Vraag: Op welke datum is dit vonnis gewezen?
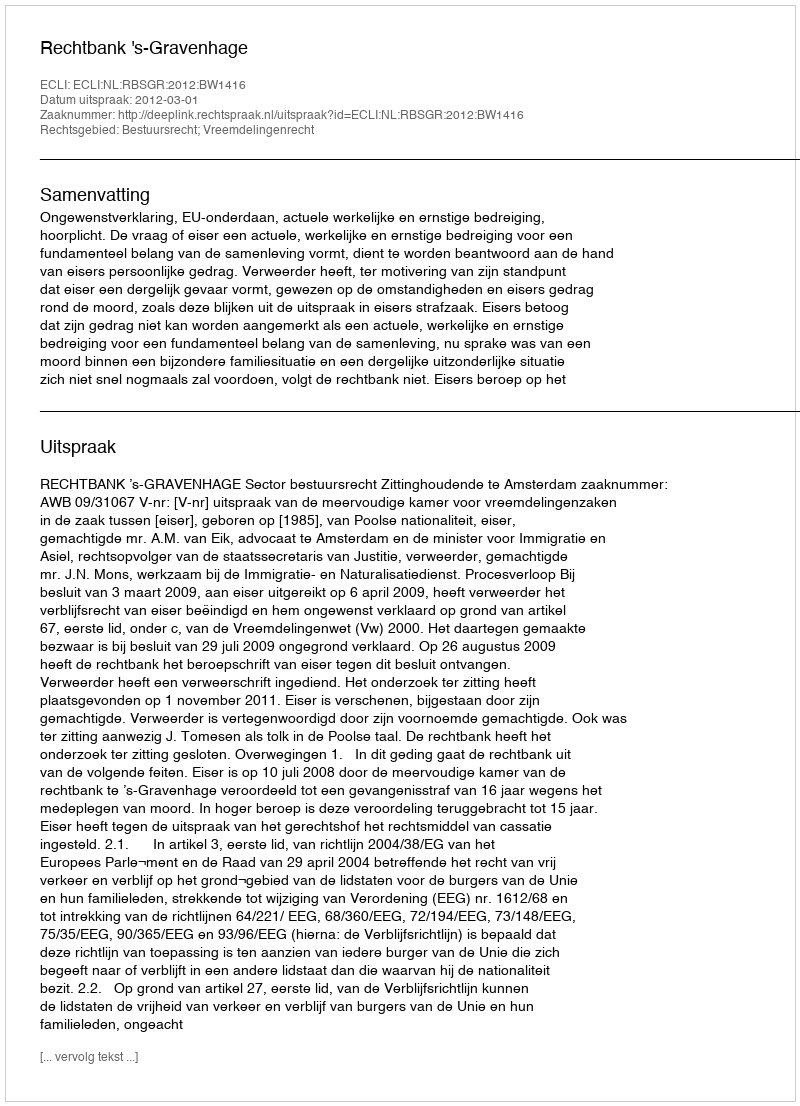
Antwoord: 2012-03-01